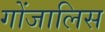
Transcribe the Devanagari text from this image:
गोंजालिस